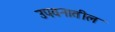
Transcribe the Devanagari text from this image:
उपवनातील